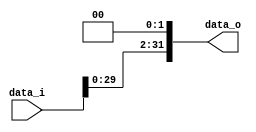
//Subject:      CO project 2 - Shift_Left_Two_32
//--------------------------------------------------------------------------------
//Version:     1
//--------------------------------------------------------------------------------
//Description: Shift left a 32-bits input by two.
//--------------------------------------------------------------------------------
`timescale 1ns/1ps
module Shift_Left_Two_32(
    data_i,
    data_o
    );

//I/O ports                    
input  [32-1:0] data_i;
output [32-1:0] data_o;

//Internal Signals

reg [32-1:0] data_o;

//shift left 2

always @(data_i) begin
    data_o <= data_i << 2;
end

endmodule